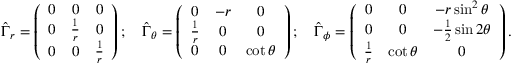
\hat { \Gamma } _ { r } = \left( \begin{array} { c c c } { { 0 } } & { { 0 } } & { { 0 } } \\ { { 0 } } & { { \frac 1 r } } & { { 0 } } \\ { { 0 } } & { { 0 } } & { { \frac 1 r } } \end{array} \right) ; \quad \hat { \Gamma } _ { \theta } = \left( \begin{array} { c c c } { { 0 } } & { { - r } } & { { 0 } } \\ { { \frac 1 r } } & { { 0 } } & { { 0 } } \\ { { 0 } } & { { 0 } } & { { \cot \theta } } \end{array} \right) ; \quad \hat { \Gamma } _ { \phi } = \left( \begin{array} { c c c } { { 0 } } & { { 0 } } & { { - r \sin ^ { 2 } \theta } } \\ { { 0 } } & { { 0 } } & { { - \frac 1 2 \sin 2 \theta } } \\ { { \frac 1 r } } & { { \cot \theta } } & { { 0 } } \end{array} \right) .